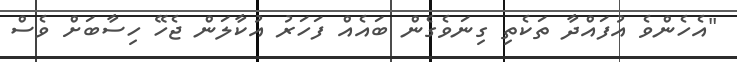
"އެހެންވެ އުފައްދާ ތަކެތި ގިނަވެގެން ބައެއް ފަހަރު އުކާލަން ޖެހޭ ހިސާބަށް ވެސް